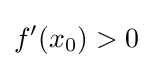
f'(x_{0})>0